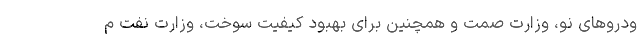
ودروهای نو، وزارت صمت و همچنین برای بهبود کیفیت سوخت، وزارت نفت م